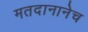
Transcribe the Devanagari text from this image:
मतदानानेच